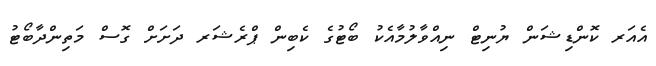
އެއަރ ކޮންޑިޝަން ޔުނިޓް ނިއްވާލުމާއެކު ބޯޓުގެ ކެބިން ޕްރެޝަރ ދަށަށް ގޮސް މަތިންދާބޯޓު